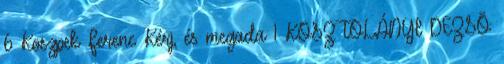
6 Koszpek Ferenc Kérj, és megada 1 KOSZTOLÁNYI DEZSÕ: